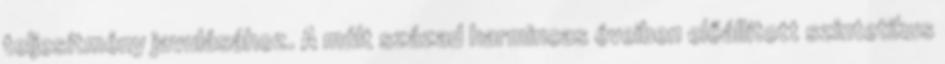
teljesítmény javulásához. A múlt század harmincas éveiben előállított szintetikus